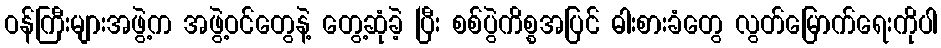
ဝန်ကြီးများအဖွဲ့က အဖွဲ့ဝင်တွေနဲ့ တွေ့ဆုံခဲ့ ပြီး စစ်ပွဲကိစ္စအပြင် ဓါးစားခံတွေ လွတ်မြောက်ရေးကိုပါ